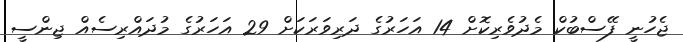
ޖެހުނީ ފޭސްބުކް މެދުވެރިކޮށް 14 އަހަރުގެ ދަރިވަރަކަށް 29 އަހަރުގެ މުދައްރިސެއް ޖިންސީ